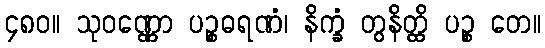
၄၈၀။ သုဝဏ္ဏော ပဉ္စဓရဏံ၊ နိက္ခံ တွနိတ္ထိ ပဉ္စ တေ။